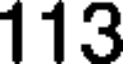
113